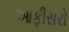
ઓફીસરો